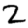
Digit: 2